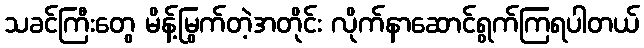
သခင်ကြီးတွေ မိန့်မြွက်တဲ့အတိုင်း လိုက်နာဆောင်ရွက်ကြရပါတယ်